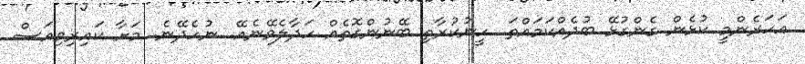
އަހަރެންމީ ކުޅެން ގެންގުޅޭ ބުދެއްކަމައްތަ. ހީނުކުރާތި ބޭނުންގޮތެއް ހަދާލެވޭނެއޭ. ނުހެދޭނެ. މަށާ ކައިރިވިއަސް